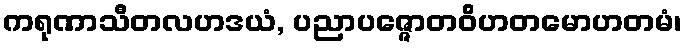
ကရုဏာသီတလဟဒယံ, ပညာပဇ္ဇောတဝိဟတမောဟတမံ၊